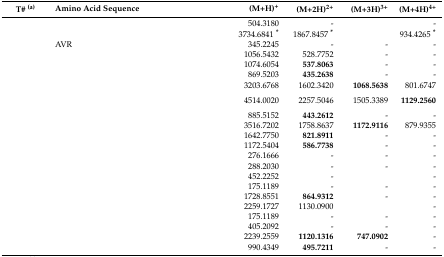
<table><thead><tr><td><b>T# <sup>(a)</sup></b></td><td><b>Amino Acid Sequence</b></td><td><b>(M+H)<sup>+</sup></b></td><td><b>(M+2H)<sup>2+</sup></b></td><td><b>(M+3H)<sup>3+</sup></b></td><td><b>(M+4H)<sup>4+</sup></b></td></tr></thead><tbody><tr><td>[EMPTY_CELL]</td><td>[EMPTY_CELL]</td><td>504.3180</td><td>-</td><td>[EMPTY_CELL]</td><td>-</td></tr><tr><td>[EMPTY_CELL]</td><td>[EMPTY_CELL]</td><td>3734.6841<b><sup>*</sup></b></td><td>1867.8457<b><sup>*</sup></b></td><td>[EMPTY_CELL]</td><td>934.4265<b><sup>*</sup></b></td></tr><tr><td>[EMPTY_CELL]</td><td>AVR</td><td>345.2245</td><td>-</td><td>-</td><td>-</td></tr><tr><td>[EMPTY_CELL]</td><td>[EMPTY_CELL]</td><td>1056.5432</td><td>528.7752</td><td>-</td><td>-</td></tr><tr><td>[EMPTY_CELL]</td><td>[EMPTY_CELL]</td><td>1074.6054</td><td><b>537.8063</b></td><td>-</td><td>-</td></tr><tr><td>[EMPTY_CELL]</td><td>[EMPTY_CELL]</td><td>869.5203</td><td><b>435.2638</b></td><td>-</td><td>-</td></tr><tr><td>[EMPTY_CELL]</td><td>[EMPTY_CELL]</td><td>3203.6768</td><td>1602.3420</td><td><b>1068.5638</b></td><td>801.6747</td></tr><tr><td>[EMPTY_CELL]</td><td>[EMPTY_CELL]</td><td>4514.0020</td><td>2257.5046</td><td>1505.3389</td><td><b>1129.2560</b></td></tr><tr><td>[EMPTY_CELL]</td><td>[EMPTY_CELL]</td><td>885.5152</td><td><b>443.2612</b></td><td>-</td><td>-</td></tr><tr><td>[EMPTY_CELL]</td><td>[EMPTY_CELL]</td><td>3516.7202</td><td>1758.8637</td><td><b>1172.9116</b></td><td>879.9355</td></tr><tr><td>[EMPTY_CELL]</td><td>[EMPTY_CELL]</td><td>1642.7750</td><td><b>821.8911</b></td><td>-</td><td>-</td></tr><tr><td>[EMPTY_CELL]</td><td>[EMPTY_CELL]</td><td>1172.5404</td><td><b>586.7738</b></td><td>-</td><td>-</td></tr><tr><td>[EMPTY_CELL]</td><td>[EMPTY_CELL]</td><td>276.1666</td><td>-</td><td>-</td><td>-</td></tr><tr><td>[EMPTY_CELL]</td><td>[EMPTY_CELL]</td><td>288.2030</td><td>-</td><td>-</td><td>-</td></tr><tr><td>[EMPTY_CELL]</td><td>[EMPTY_CELL]</td><td>452.2252</td><td>-</td><td>[EMPTY_CELL]</td><td>-</td></tr><tr><td>[EMPTY_CELL]</td><td>[EMPTY_CELL]</td><td>175.1189</td><td>-</td><td>-</td><td>-</td></tr><tr><td>[EMPTY_CELL]</td><td>[EMPTY_CELL]</td><td>1728.8551</td><td><b>864.9312</b></td><td>-</td><td>-</td></tr><tr><td>[EMPTY_CELL]</td><td>[EMPTY_CELL]</td><td>2259.1727</td><td>1130.0900</td><td>[EMPTY_CELL]</td><td>-</td></tr><tr><td>[EMPTY_CELL]</td><td>[EMPTY_CELL]</td><td>175.1189</td><td>-</td><td>-</td><td>-</td></tr><tr><td>[EMPTY_CELL]</td><td>[EMPTY_CELL]</td><td>405.2092</td><td>-</td><td>-</td><td>-</td></tr><tr><td>[EMPTY_CELL]</td><td>[EMPTY_CELL]</td><td>2239.2559</td><td><b>1120.1316</b></td><td><b>747.0902</b></td><td>-</td></tr><tr><td>[EMPTY_CELL]</td><td>[EMPTY_CELL]</td><td>990.4349</td><td><b>495.7211</b></td><td>-</td><td>-</td></tr></tbody></table>